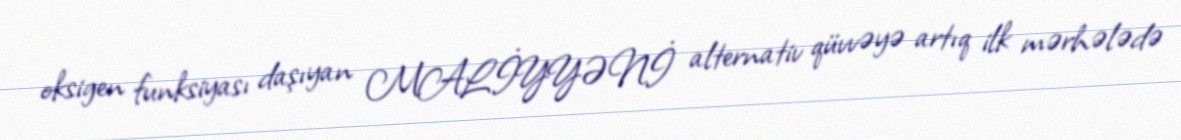
oksigen funksiyası daşıyan MALİYYƏNİ alternativ qüvvəyə artıq ilk mərhələdə